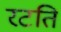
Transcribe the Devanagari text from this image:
रटति